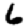
Digit: 6